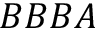
B B B A